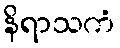
နိရာသကံ